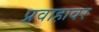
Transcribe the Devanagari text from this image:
प्रवाहावर